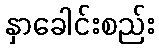
နှာခေါင်းစည်း